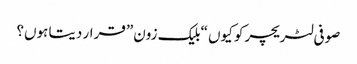
صوفی لٹریچر کو کیوں “بلیک زون” قرار دیتا ہوں؟